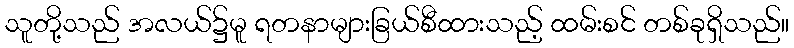
သူတို့သည် အလယ်၌မူ ရတနာများခြယ်စီထားသည့် ထမ်းစင် တစ်ခုရှိသည်။